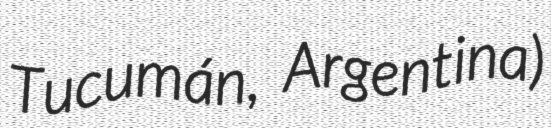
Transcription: Tucumán, Argentina)